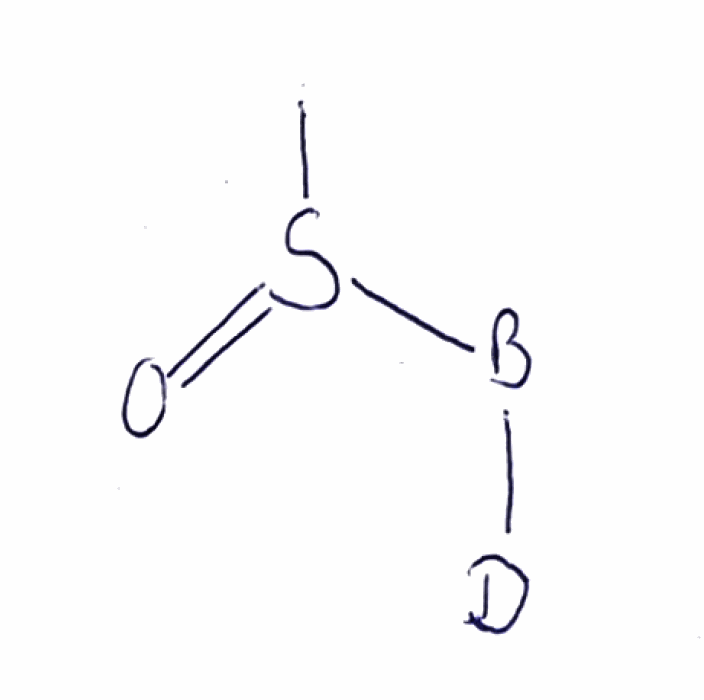
Simplified molecular-input line-entry system (SMILES) notation of the given molecule:
[2H][B]S(=O)C